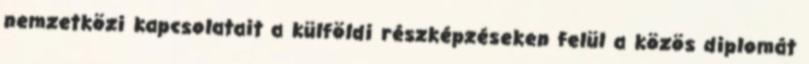
nemzetközi kapcsolatait a külföldi részképzéseken felül a közös diplomát